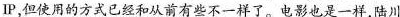
IP但使用的方式已经和从前有些不一样了。电影也是一样陆川